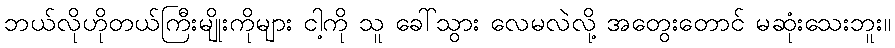
ဘယ်လိုဟိုတယ်ကြီးမျိုးကိုများ ငါ့ကို သူ ခေါ်သွား လေမလဲလို့ အတွေးတောင် မဆုံးသေးဘူး။